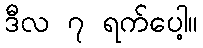
ဒီလ ၇ ရက်ပေါ့။